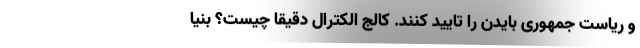
و ریاست جمهوری بایدن را تایید کنند. کالج الکترال دقیقا چیست؟ بنیا